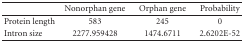
<table><thead><tr><td></td><td><b>Nonorphan gene</b></td><td><b>Orphan gene</b></td><td><b>Probability</b></td></tr></thead><tbody><tr><td>Protein length</td><td>583</td><td>245</td><td>0</td></tr><tr><td>Intron size</td><td>2277.959428</td><td>1474.6711</td><td>2.6202E-52</td></tr></tbody></table>